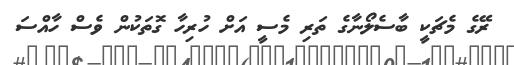
ރޭގެ މެޗަކީ ބާސެލޯނާގެ ތަރި މެސީ އަށް ހުރިހާ ގޮތަކުން ވެސް ހާއްސަ